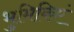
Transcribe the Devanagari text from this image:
भुमिकिएं